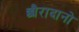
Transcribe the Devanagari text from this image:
छौरादानो